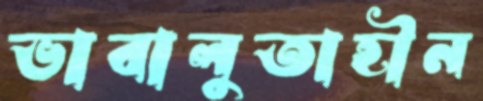
ভাবালুতাহীন